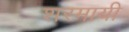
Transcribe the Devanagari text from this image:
शरमायी